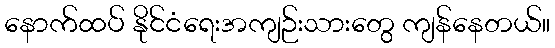
နောက်ထပ် နိုင်ငံရေးအကျဉ်းသားတွေ ကျန်နေတယ်။